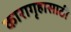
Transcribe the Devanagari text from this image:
कारागृहासाठी